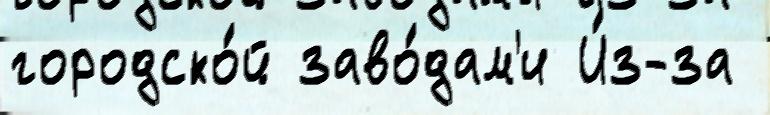
городско́й заво́дам'и И́з-за